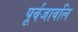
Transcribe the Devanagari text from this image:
पूर्वजावलि